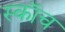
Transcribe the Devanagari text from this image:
स्काॅच